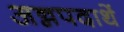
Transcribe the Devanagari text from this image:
अन्नपदार्थे